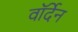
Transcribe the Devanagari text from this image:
वॉर्देन